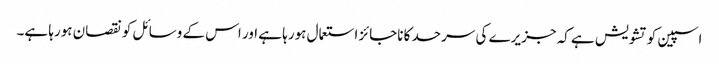
اسپین کو تشویش ہے کہ جزیرے کی سرحد کا ناجائز استعمال ہورہا ہے اور اس کے وسائل کو نقصان ہورہا ہے۔